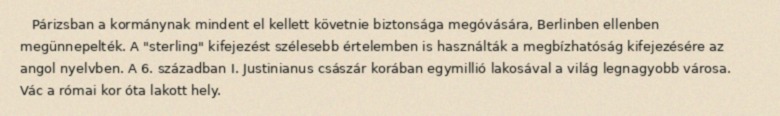
Párizsban a kormánynak mindent el kellett követnie biztonsága megóvására, Berlinben ellenben megünnepelték. A "sterling" kifejezést szélesebb értelemben is használták a megbízhatóság kifejezésére az angol nyelvben. A 6. században I. Justinianus császár korában egymillió lakosával a világ legnagyobb városa. Vác a római kor óta lakott hely.